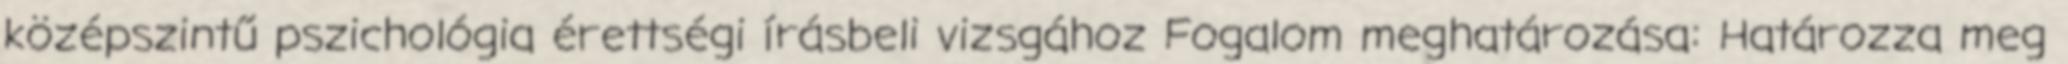
középszintű pszichológia érettségi írásbeli vizsgához Fogalom meghatározása: Határozza meg